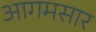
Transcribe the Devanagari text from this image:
आगमसार